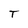
Character: T